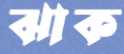
ঝাক